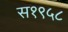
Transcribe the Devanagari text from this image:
स१९५८